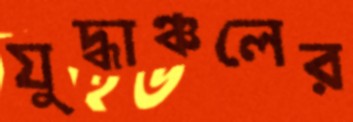
যুদ্ধাঞ্চলের